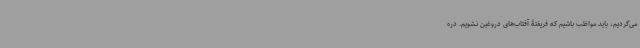
می‌گردیم، باید مواظب باشیم که فریفتۀ آفتاب‌های دروغین نشویم. دره